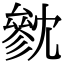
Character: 㓄